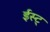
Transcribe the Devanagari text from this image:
ईस्ट्